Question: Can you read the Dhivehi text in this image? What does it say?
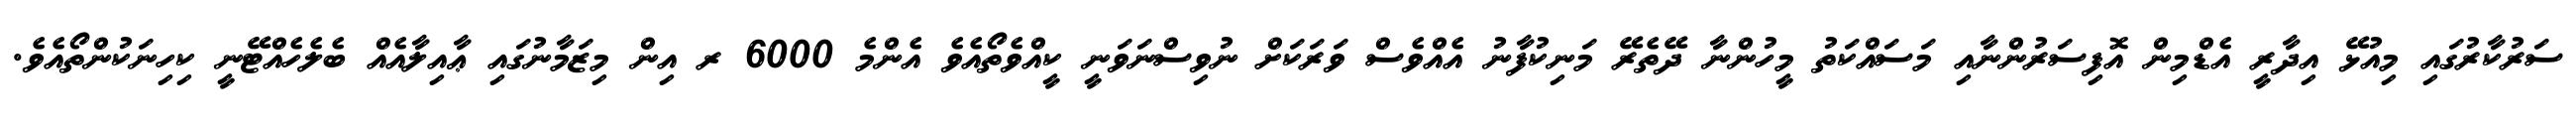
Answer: ސަރުކާރުގައި މިއުޅޭ އިދާރީ އެޑްމިން އޮފިސަރުންނާއި މަސައްކަތު މީހުންނާ ދޭތެރޭ މަނިކުފާނު އެއްވެސް ވަރަކަށް ނުވިސްނަވަނީ ކީއްވެތޯއެވެ އެންމެ 6000 ރ އިން މިޒަމާނުގައި ޢާއިލާއެއް ބެލެހެއްޓޭނީ ކިހިނަކުންތޯއެވެ.